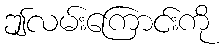
ဤလမ်းကြောင်းကို